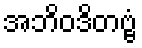
အဘိဝဒိတဗ္ဗံ